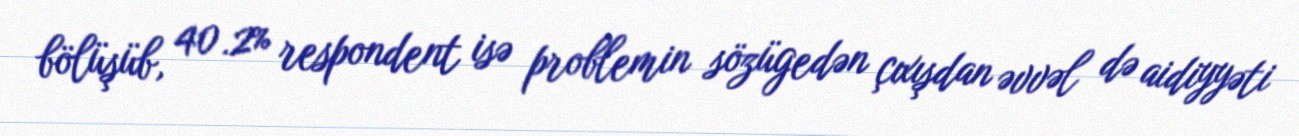
bölüşüb, 40.2% respondent isə problemin sözügedən çıxışdan əvvəl də aidiyyəti